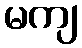
မကျ